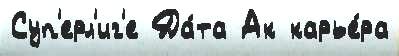
Суп'ерл'иг'е Да́та Ак карье́ра